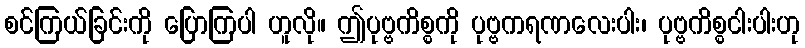
စင်ကြယ်ခြင်းကို ပြောကြပါ ဟူလို။ ဤပုဗ္ဗကိစ္စကို ပုဗ္ဗကရဏလေးပါး၊ ပုဗ္ဗကိစ္စငါးပါးဟု